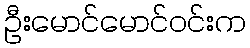
ဦးမောင်မောင်ဝင်းက